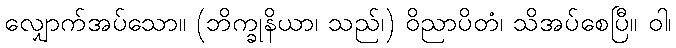
လျှောက်အပ်သော။ (ဘိက္ခုနိယာ၊ သည်၊) ဝိညာပိတံ၊ သိအပ်စေပြီ။ ဝါ၊